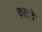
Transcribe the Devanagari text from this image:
क़ाइदे